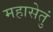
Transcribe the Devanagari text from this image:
महासेतुं